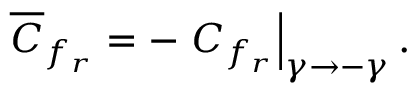
\overline { { { C } } } _ { f _ { r } } = - \left. C _ { f _ { r } } \right| _ { \gamma \to - \gamma } .